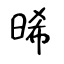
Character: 晞